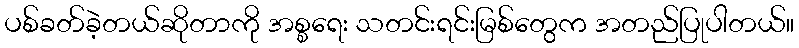
ပစ်ခတ်ခဲ့တယ်ဆိုတာကို အစ္စရေး သတင်းရင်းမြစ်တွေက အတည်ပြုပါတယ်။